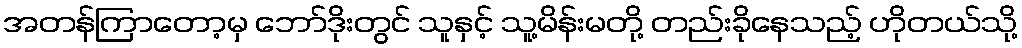
အတန်ကြာတော့မှ ဘော်ဒိုးတွင် သူနှင့် သူ့မိန်းမတို့ တည်းခိုနေသည့် ဟိုတယ်သို့